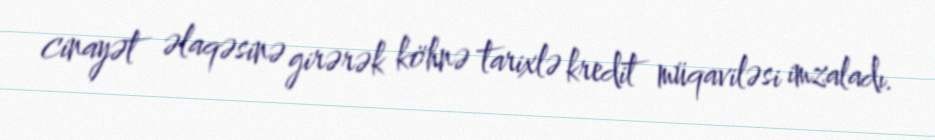
cinayət əlaqəsinə girərək köhnə tarixlə kredit müqaviləsi imzaladı.